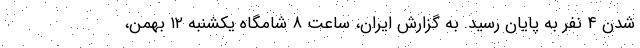
شدن ۴ نفر به پایان رسید. به گزارش ایران، ساعت ۸ شامگاه یکشنبه ۱۲ بهمن،